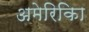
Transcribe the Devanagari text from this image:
अमेरिकिा